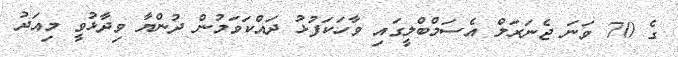
ގެ 70 ވަނަ ޖެނަރަލް އެސަމްބްލީގައި ވާހަކަފުޅު ދައްކަވަމުން ދުންޔާ ވިދާޅުވީ މިއަދު